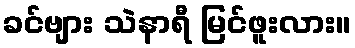
ခင်ဗျား သဲနာရီ မြင်ဖူးလား။